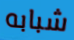
شبابه